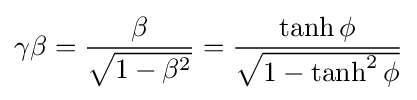
\gamma \beta ={\frac {\beta }{\sqrt {1-\beta ^{2}}}}={\frac {\tanh \phi }{\sqrt {1-\tanh ^{2}\phi }}}